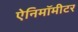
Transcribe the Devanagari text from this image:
ऐनिमॉमीटर